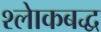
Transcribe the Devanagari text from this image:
श्लाेकबद्ध